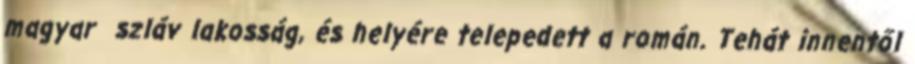
magyar szláv lakosság, és helyére telepedett a román. Tehát innentől